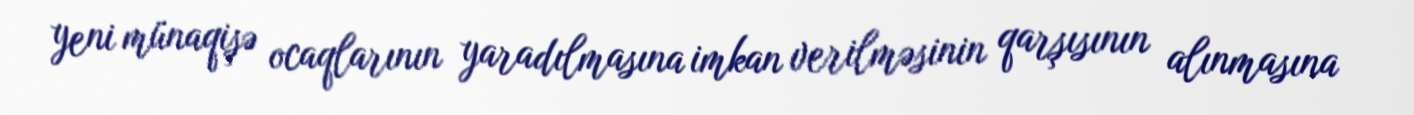
yeni münaqişə ocaqlarının yaradılmasına imkan verilməsinin qarşısının alınmasına